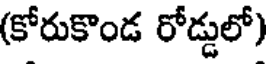
(కోరుకొండ రోడ్డులో)